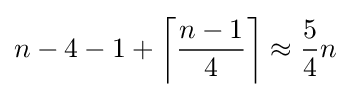
n-4-1+\left\lceil {\frac {n-1}{4}}\right\rceil \approx {\frac {5}{4}}n